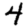
Digit: 4